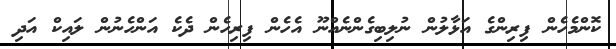
ކޮންމެހެން ފިރިންގެ އަޅާލުން ނުލިބިގެންނެއްނޫ އެހެން ފިރިހެން ދެކެ އަންހެނުން ލައިކް އަދި